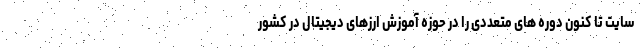
سایت تا کنون دوره های متعددی را در حوزه آموزش ارزهای دیجیتال در کشور